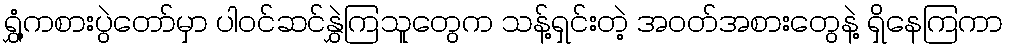
ရွှံ့ကစားပွဲတော်မှာ ပါဝင်ဆင်နွှဲကြသူတွေက သန့်ရှင်းတဲ့ အဝတ်အစားတွေနဲ့ ရှိနေကြကာ